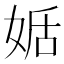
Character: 𡝜